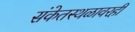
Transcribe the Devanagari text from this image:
संकेतस्थळावरही